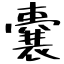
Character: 嚢